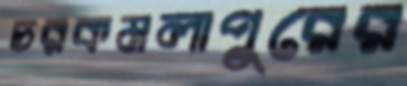
চরকমলাপুরের